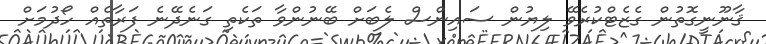
ޤާނޫނީގޮތުން ގެޒެޓްކުރެވޭ ލިޔުން ސައިންސް ލެބަށް ބޭނުންވާ ތަކެތި ގަނެދޭނެ ފަރާތެއް ހޯދުމަށް